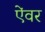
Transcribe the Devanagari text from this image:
ऐंवर